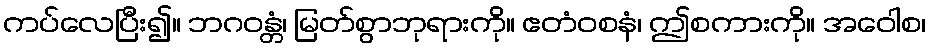
ကပ်လေပြီး၍။ ဘဂဝန္တံ၊ မြတ်စွာဘုရားကို။ ဧတံဝစနံ၊ ဤစကားကို။ အဝေါစ၊